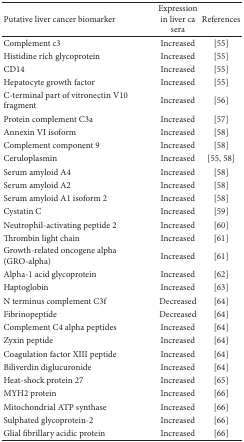
| Putative liver cancer biomarker | Expression in liver ca sera | References |
 | --- | --- | --- |
 | Complement c3 | Increased | [55] |
 | Histidine rich glycoprotein | Increased | [55] |
 | CD14 | Increased | [55] |
 | Hepatocyte growth factor | Increased | [55] |
 | C-terminal part of vitronectin V10 fragment | Increased | [56] |
 | Protein complement C3a | Increased | [57] |
 | Annexin VI isoform | Increased | [58] |
 | Complement component 9 | Increased | [58] |
 | Ceruloplasmin | Increased | [55, 58] |
 | Serum amyloid A4 | Increased | [58] |
 | Serum amyloid A2 | Increased | [58] |
 | Serum amyloid A1 isoform 2 | Increased | [58] |
 | Cystatin C | Increased | [59] |
 | Neutrophil-activating peptide 2 | Increased | [60] |
 | Thrombin light chain | Increased | [61] |
 | Growth-related oncogene alpha (GRO-alpha) | Increased | [61] |
 | Alpha-1 acid glycoprotein | Increased | [62] |
 | Haptoglobin | Increased | [63] |
 | N terminus complement C3f | Decreased | [64] |
 | Fibrinopeptide | Decreased | [64] |
 | Complement C4 alpha peptides | Increased | [64] |
 | Zyxin peptide | Increased | [64] |
 | Coagulation factor XIII peptide | Increased | [64] |
 | Biliverdin diglucuronide | Increased | [64] |
 | Heat-shock protein 27 | Increased | [65] |
 | MYH2 protein | Increased | [66] |
 | Mitochondrial ATP synthase | Increased | [66] |
 | Sulphated glycoprotein-2 | Increased | [66] |
 | Glial fibrillary acidic protein | Increased | [66] |